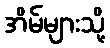
အိမ်များသို့